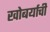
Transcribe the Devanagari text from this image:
खोबर्याची